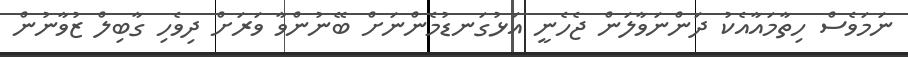
ނަމަވެސް ހިތާމައާއެކު ދަންނަވާލަން ޖެހެނީ އަޅުގަނޑުމެންނަށް ބޭނުންވާ ވަރަށް ދިވެހި ގާބިލް ޒުވާނުން